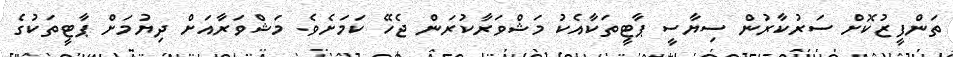
ތަންފީޒުކޮށް ސަރުކާރުން ސިޔާސީ ޕާޓީތަކާއެކު މަޝްވަރާކުރަން ޖެހޭ ކަމަށެވެ. މަޝްވަރާއަށް ދިޔުމަށް ޕާޓީތަކުގެ